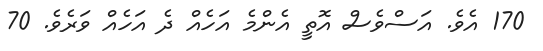
170 އެވެ. އަސްވެސް އޮތީ އެންމެ އަހެއް ދެ އަހެއް ވަރެވެ. 70